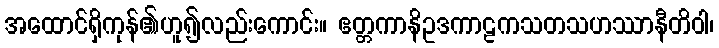
အထောင်ရှိကုန်၏ဟူ၍လည်းကောင်း။ ဧတ္တကာနိဥဒကာဠကသတသဟဿာနီတိဝါ၊